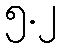
၅.၂